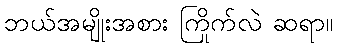
ဘယ်အမျိုးအစား ကြိုက်လဲ ဆရာ။